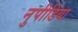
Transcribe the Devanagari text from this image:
नुपीडिया